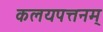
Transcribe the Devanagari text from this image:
कलयपत्तनम्